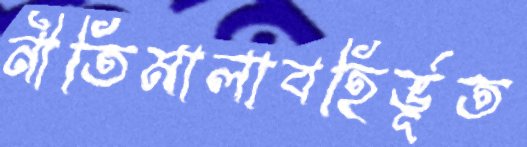
নীতিমালাবহির্ভূত